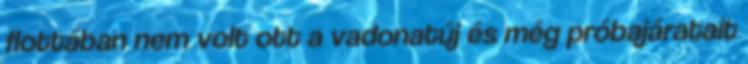
flottában nem volt ott a vadonatúj és még próbajáratait